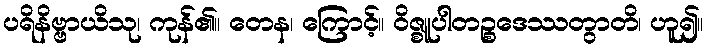
ပရိနိဗ္ဗာယိသု၊ ကုန်၏။ တေန၊ ကြောင့်။ ဝိဇ္စူပါတဉ္စဒေဿတွာတိ၊ ဟူ၍။